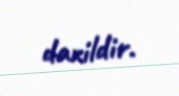
daxildir.